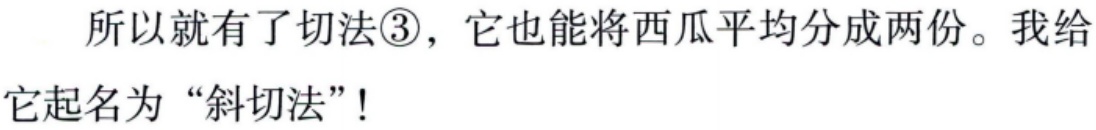
所以就有了切法\textcircled{3}，它也能将西瓜平均分成两份。我给它起名为“斜切法”！